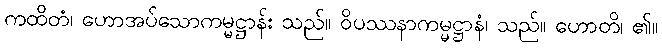
ကထိတံ၊ ဟောအပ်သောကမ္မဋ္ဌာန်း သည်။ ဝိပဿနာကမ္မဋ္ဌာနံ၊ သည်။ ဟောတိ၊ ၏။